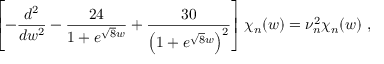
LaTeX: \left[ - \frac { d ^ { 2 } } { d w ^ { 2 } } - \frac { 2 4 } { 1 + e ^ { \sqrt { 8 } w } } + \frac { 3 0 } { \left( 1 + e ^ { \sqrt { 8 } w } \right) ^ { 2 } } \right] \chi _ { n } ( w ) = \nu _ { n } ^ { 2 } \chi _ { n } ( w ) \; ,